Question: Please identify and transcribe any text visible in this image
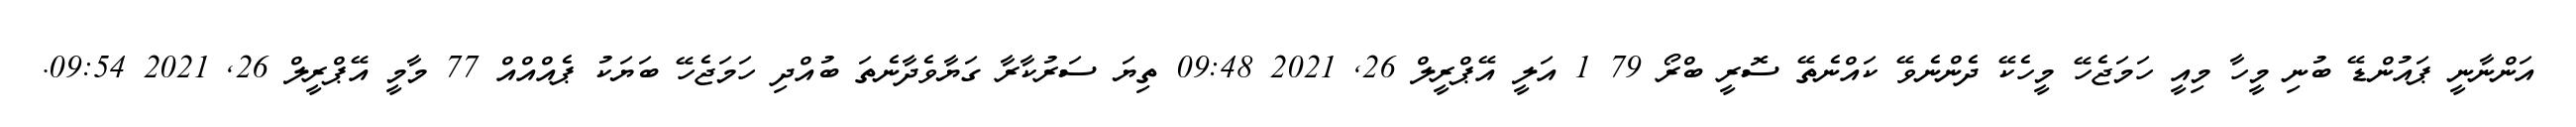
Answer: އަންނާނީ ޕައުންޑޭ ބުނި މީހާ މިއީ ހަމަޖެހޭ މީހެކޭ ދެންނެވޭ ކައްނެތޭ ސޮރީ ބްރޯ 79 1 އަލީ އޭޕްރީލް 26, 2021 09:48 ތިޔަ ސަރުކާރާ ގަޔާވެދާނެތަ ބުއްދި ހަމަޖެހޭ ބަޔަކު ޕެއްއްއް 77 މާމީ އޭޕްރީލް 26, 2021 09:54.